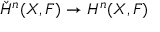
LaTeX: { \check { H } } ^ { n } ( X , F ) \rightarrow H ^ { n } ( X , F )